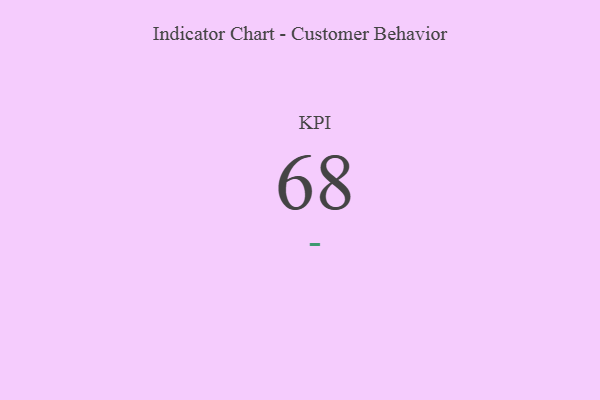
{"axis": {"x": "KPI", "y": "Value"}, "legend": [""], "data": [{"x": "KPI", "y": 68, "type": ""}]}